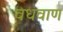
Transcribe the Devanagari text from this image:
वधवाण